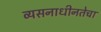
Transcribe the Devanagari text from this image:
व्यसनाधीनतेचा